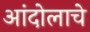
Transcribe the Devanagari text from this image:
आंदोलाचे